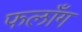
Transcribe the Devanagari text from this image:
फलाँग